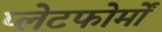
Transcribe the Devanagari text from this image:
प्लेटफोर्मों